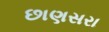
છાણસરા